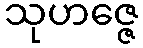
သုဟဇ္ဇေ